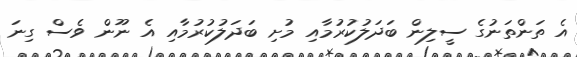
އެ ތަންތަނުގެ ސީލިން ބަދަލުކުރުމާއި މުށި ބަދަލުކުރުމާއި އެ ނޫން ވެސް ގިނަ